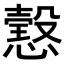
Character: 𢢢